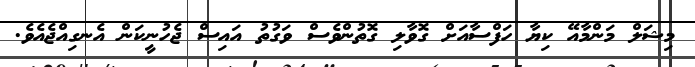
މިޝަލް މަންމާއޭ ކިޔާ ހަފްސާއަށް ގޮވާލި ގޮތުންވެސް ވަގުތު އައިސް ޖެހުނީކަން އެނގިއްޖެއެވެ.